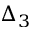
\Delta _ { 3 }